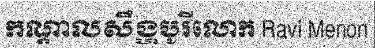
កណ្តាលសឹង្ហបូរីលោក Ravi Menon